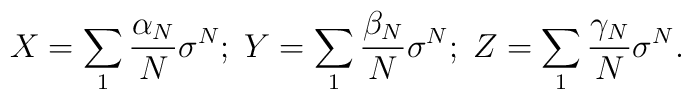
X=\sum_1\frac{\alpha_N}{N}\sigma^N;\;Y=\sum_1\frac{\beta_N}{N}\sigma^N;\;Z=\sum_1\frac{\gamma_N}{N}\sigma^N.